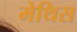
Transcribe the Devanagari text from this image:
मेथिस